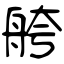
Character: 舿